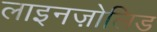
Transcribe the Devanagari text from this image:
लाइनज़ोलिड